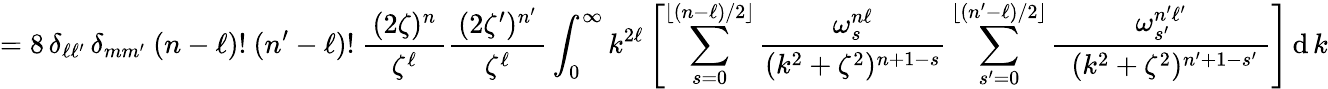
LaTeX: =8\, \delta_{\ell\ell^{\prime}}\, \delta_{mm^{\prime}}~(n-\ell)!~(n^{\prime}-\ell)!~{\frac{\, (2\zeta)^{n}\, }{\zeta^{\ell}}}{\frac{\, (2\zeta^{\prime})^{n^{\prime}}\, }{\zeta^{\ell}}}\int_{0}^{\infty}k^{2\ell}\left[\sum_{s=0}^{\lfloor(n-\ell)/2\rfloor}{\frac{\omega_{s}^{n\ell}}{(k^{2}+\zeta^{2})^{n+1-s}}}\sum_{s^{\prime}=0}^{\lfloor(n^{\prime}-\ell)/2\rfloor}{\frac{\omega_{s^{\prime}}^{n^{\prime}\ell^{\prime}}}{~~(k^{2}+\zeta^{2})^{n^{\prime}+1-s^{\prime}}~}}\right]\operatorname{d}k